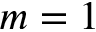
m = 1